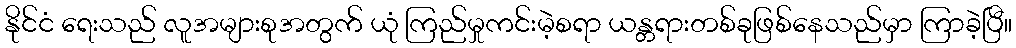
နိုင်ငံ ရေးသည် လူအများစုအတွက် ယုံ ကြည်မှုကင်းမဲ့စရာ ယန္တရားတစ်ခုဖြစ်နေသည်မှာ ကြာခဲ့ပြီ။